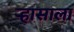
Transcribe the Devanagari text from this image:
ऱ्हासाला